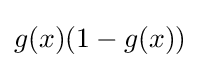
g(x)(1-g(x))